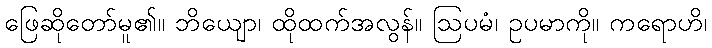
ဖြေဆိုတော်မူ၏။ ဘိယျော၊ ထိုထက်အလွန်။ ဩပမံ၊ ဥပမာကို။ ကရောဟိ၊